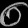
Digit: ၈